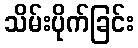
သိမ်းပိုက်ခြင်း